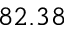
8 2 . 3 8